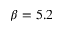
\beta = 5 . 2